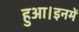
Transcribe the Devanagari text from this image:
हुआ।इनमें